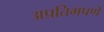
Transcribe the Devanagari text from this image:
अप्रतिमपणे